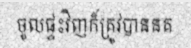
ចូលផ្ទះវិញក៏ត្រូវបាននគ